Source: Handwritten
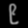
Digit: ၉ (9)